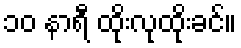
၁၀ နာရီ ထိုးလုထိုးခင်။